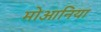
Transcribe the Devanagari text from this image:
मोआनिया